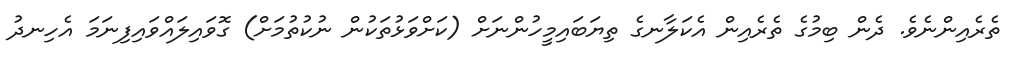
ތެރެއިންނެވެ. ދެން ބިމުގެ ތެރެއިން އެކަލާނގެ ތިޔަބައިމީހުންނަށް (ކަށްވަޅުތަކުން ނުކުތުމަށް) ގޮވައިލައްވައިފިނަމަ އެހިނދު